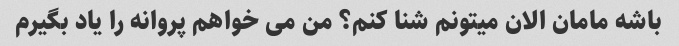
باشه مامان الان میتونم شنا کنم؟ من می خواهم پروانه را یاد بگیرم